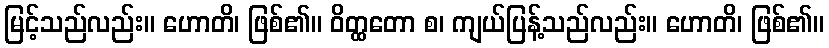
မြင့်သည်လည်း။ ဟောတိ၊ ဖြစ်၏။ ဝိတ္ထတော စ၊ ကျယ်ပြန့်သည်လည်း။ ဟောတိ၊ ဖြစ်၏။